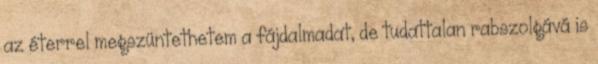
az éterrel megszüntethetem a fájdalmadat, de tudattalan rabszolgává is